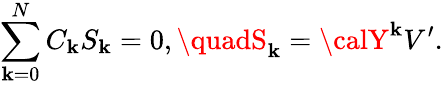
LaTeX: \sum_{\mathbf{k}=0}^{N}C_{\mathbf{k}}S_{\mathbf{k}}=0,\quadS_{\mathbf{k}}={\calY}^{\mathbf{k}}V^{\prime}.